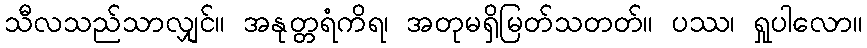
သီလသည်သာလျှင်။ အနုတ္တရံကိရ၊ အတုမရှိမြတ်သတတ်။ ပဿ၊ ရှုပါလော။